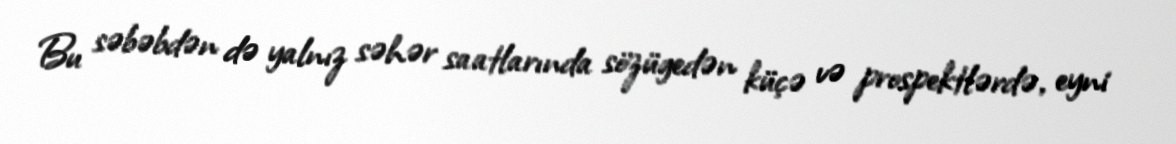
Bu səbəbdən də yalnız səhər saatlarında sözügedən küçə və prospektlərdə, eyni